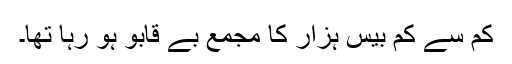
کم سے کم بیس ہزار کا مجمع بے قابو ہو رہا تھا۔